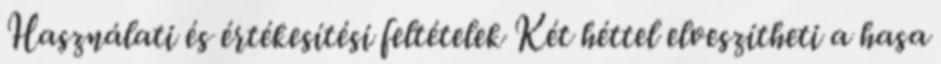
Használati és értékesítési feltételek Két héttel elveszítheti a hasa